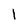
Character: 1